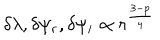
\delta \lambda , \delta \psi _ { r } , \delta \psi _ { i } \propto r ^ { \frac { 3 - p } { 4 } }